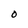
Character: O